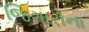
જિગારોના